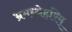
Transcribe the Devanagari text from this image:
भ्रमध्येहरिम्